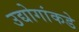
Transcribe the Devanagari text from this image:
उद्योगांकडे